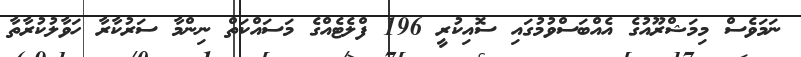
ނަމަވެސް މިމަޝްރޫއުގެ އެއްބަސްވުމުގައި ސޮއިކުރީ 196 ފްލެޓެއްގެ މަސައްކަތް ނިންމާ ސަރުކާރާ ހަވާލުކުރާތާ